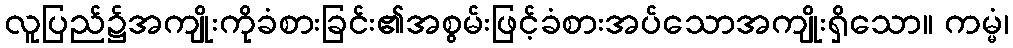
လူပြည်၌အကျိုးကိုခံစားခြင်း၏အစွမ်းဖြင့်ခံစားအပ်သောအကျိုးရှိသော။ ကမ္မံ၊